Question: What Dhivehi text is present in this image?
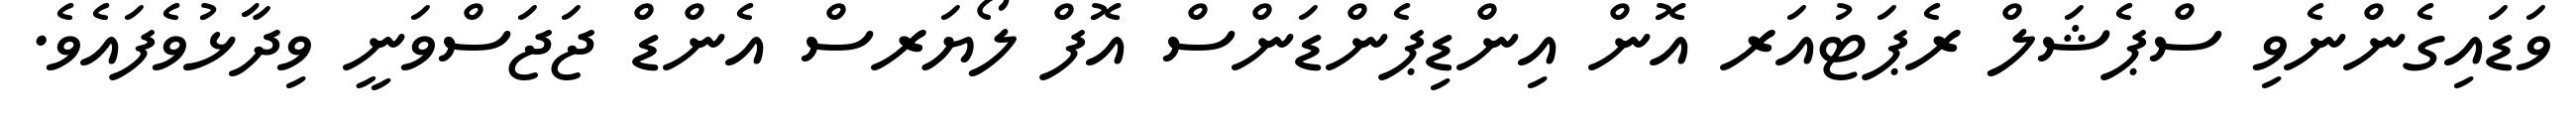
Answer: ވަޑައިގެންނެވި ސްޕެޝަލް ރެޕަޓުއަރ އޮން އިންޑިޕެންޑަންސް އޮފް ލޯޔަރސް އެންޑް ޖަޖަސްވަނީ ވިދާޅުވެފައެވެ.